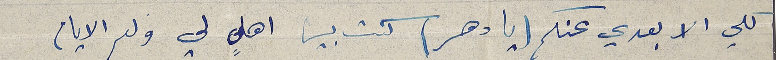
كلي الا بعدي عنكم (يا دهر) كنت بين اهلٍ لي ولم الايام